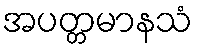
အပတ္တမာနသံ